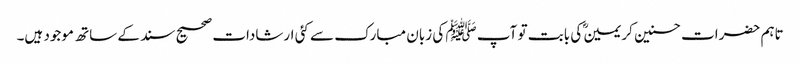
تاہم حضرات حسنین کریمینؓ کی بابت تو آپ ﷺ کی زبان مبارک سے کئی ارشادات صحیح سند کے ساتھ موجود ہیں۔